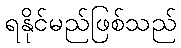
ရနိုင်မည်ဖြစ်သည်